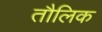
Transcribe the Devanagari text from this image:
तौलिक